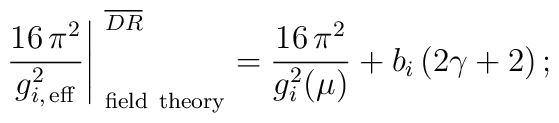
\left.{16\, \pi^2\over g_{i,\,{\rm eff} }^2}\right\vert_{\rm \ field \ theory}^{\ \overline{DR}}=\frac{16\, \pi^2}{g_{i}^2(\mu)} +  b_i\, (2\gamma+2)\, ;